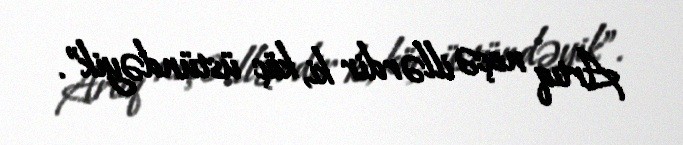
Artıq neçə illərdir ki, köç üstündəyik”.